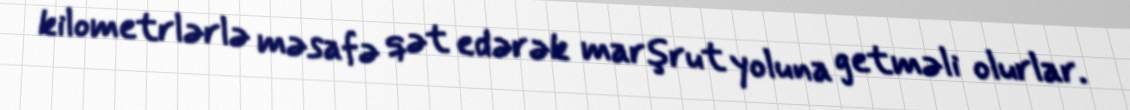
kilometrlərlə məsafə qət edərək marşrut yoluna getməli olurlar.